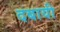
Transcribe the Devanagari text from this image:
दबायी